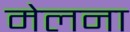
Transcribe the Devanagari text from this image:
मेलना